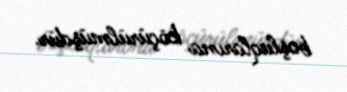
boşluqlarına köçürülmüşdür.